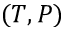
( T , P )